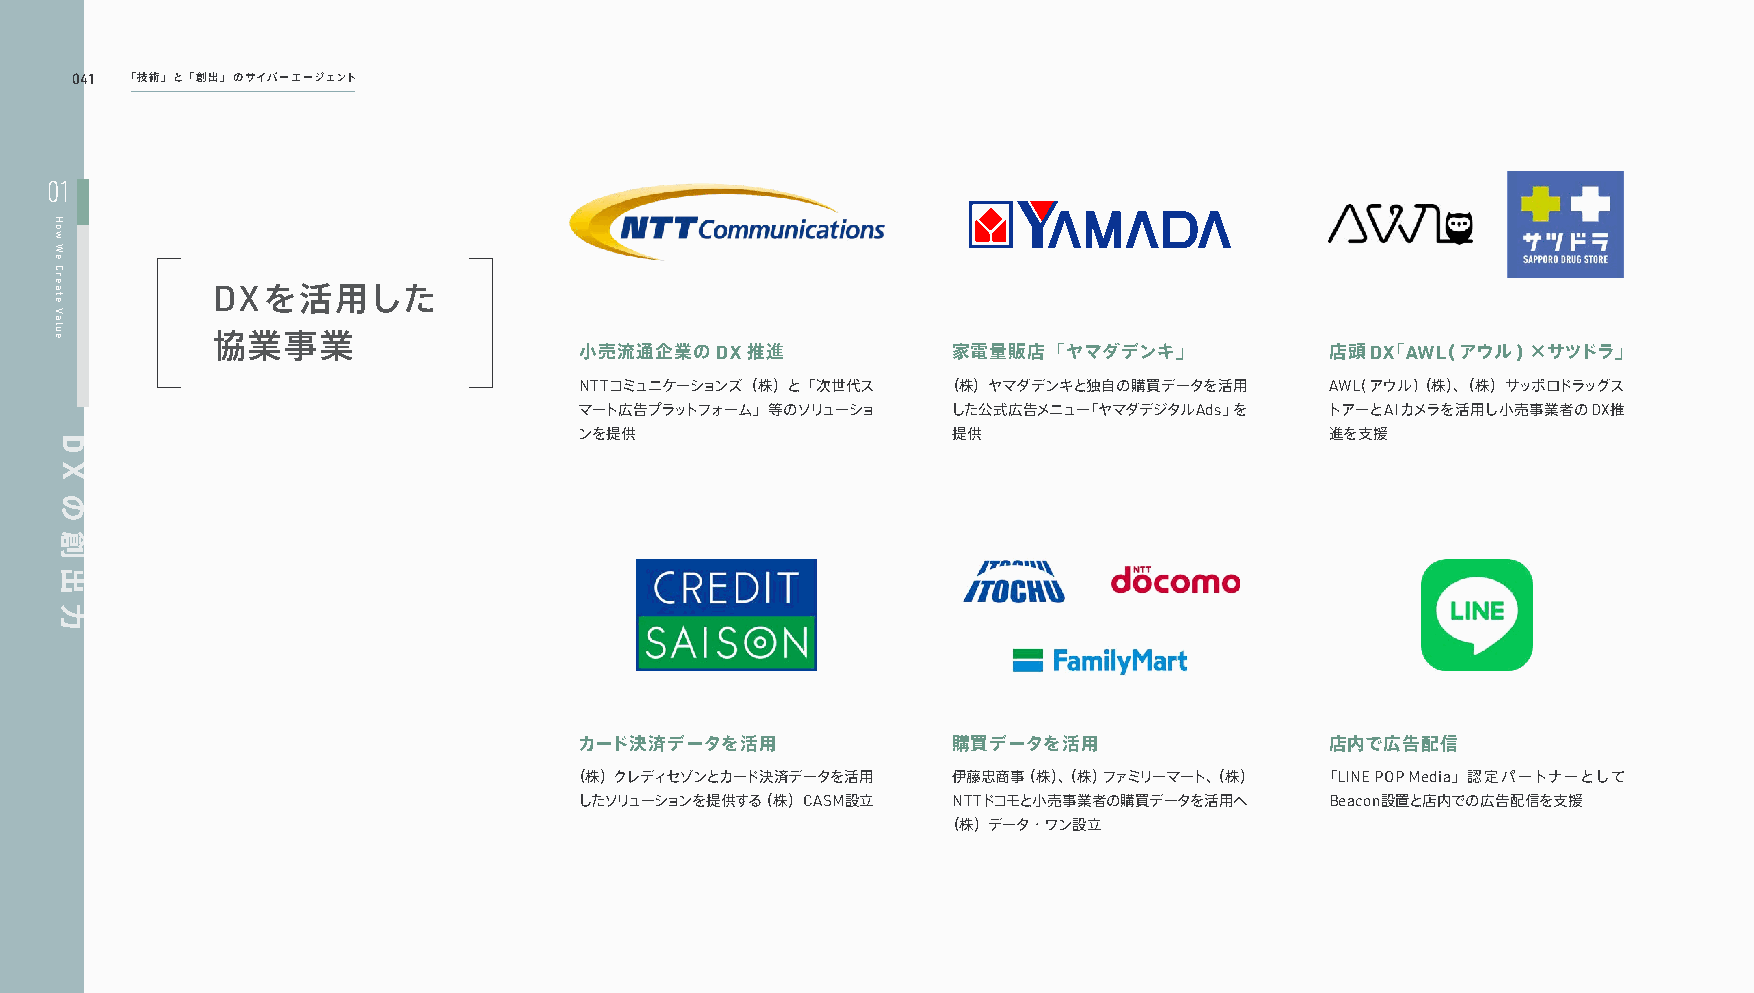
041 「技術」と「創出」のサイバーエージェント
 01
 DXを活用した
 協業事業
 小売流通企業のDX推進              家電量販店「ヤマダデンキ」            店頭DX「AWL(アウル)×サツドラ」
 NTTコミュニケーションズ（株）と「次世代ス   （株）ヤマダデンキと独自の購買データを活用    AWL(アウル)（ 株）、（株）サッポロドラッグス
 マート広告プラットフォーム」等のソリューショ   した公式広告メニュー「ヤマダデジタルAds」を  トアーとAIカメラを活用し小売事業者のDX推
 ンを提供                     提供                       進を支援
 カード決済データを活用              購買データを活用                 店内で広告配信
 （株）クレディセゾンとカード決済データを活用   伊藤忠商事（株）、（株）ファミリーマート、（株） 「LINE POP Media」認定パートナーとして
 したソリューションを提供する（株）CASM設立  NTTドコモと小売事業者の購買データを活用へ   Beacon設置と店内での広告配信を支援
 （株）データ・ワン設立
 How
 We
 Create
 Value
 D
 X
 の
 創
 出
 力